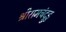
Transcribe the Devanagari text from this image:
श्रीरामचंद्रुडु